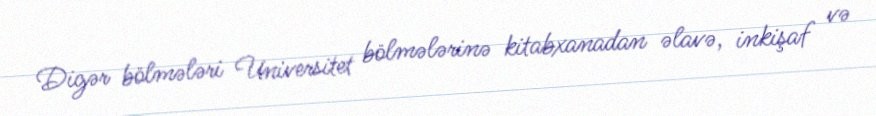
Digər bölmələri Universitet bölmələrinə kitabxanadan əlavə, inkişaf və